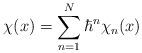
LaTeX: \begin{align*}{\chi}(x)=\sum_{n=1}^{N}{\hbar}^n{\chi}_n(x)\end{align*}